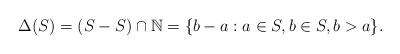
LaTeX: \begin{align*} \Delta(S)=(S-S)\cap\mathbb{N}=\{b-a:a\in S, b\in S, b> a\}.\end{align*}